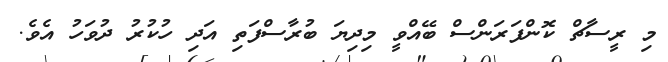
މި ރީސާޗް ކޮންފަރަންސް ބޭއްވީ މިދިޔަ ބުރާސްފަތި އަދި ހުކުރު ދުވަހު އެވެ.